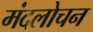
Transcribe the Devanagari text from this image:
मंदलोचन